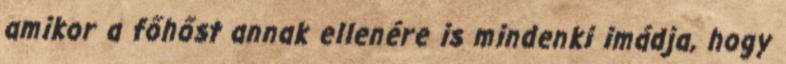
amikor a főhőst annak ellenére is mindenki imádja, hogy